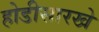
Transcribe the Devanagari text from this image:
होडीसारखे